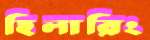
হিলারিং